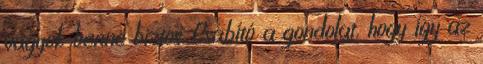
vagyok benne biztos. Csábító a gondolat, hogy így az